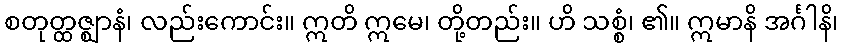
စတုတ္ထဇ္ဈာနံ၊ လည်းကောင်း။ ဣတိ ဣမေ၊ တို့တည်း။ ဟိ သစ္စံ၊ ၏။ ဣမာနိ အင်္ဂါနိ၊